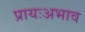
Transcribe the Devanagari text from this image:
प्रायःअभाव